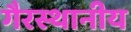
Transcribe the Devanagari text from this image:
गैरस्थानीय